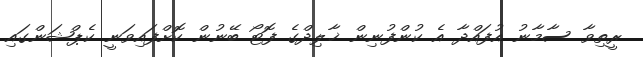
ރީތިވާ ސާމާނު އުފައްދާ އެ ކުންފުނިން ޚާލިދްގެ ފޮޓޯ ބޭނުން ކޮށްފައިވަނީ ކެޕްޝަންގައި